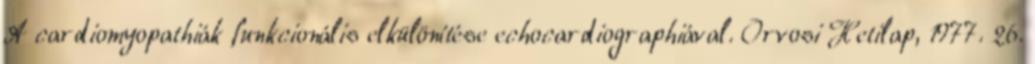
A cardiomyopathiák funkcionális elkülönítése echocardiographiával. Orvosi Hetilap, 1977. 26.